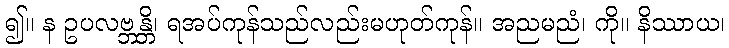
၍။ န ဥပလဗ္ဘန္တိ၊ ရအပ်ကုန်သည်လည်းမဟုတ်ကုန်။ အညမညံ၊ ကို။ နိဿာယ၊